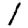
Digit: 1